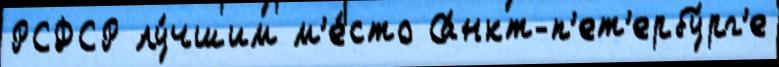
РСФСР лу́чшим м'е́сто Са́нкт-п'ет'ербу́рг'е